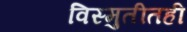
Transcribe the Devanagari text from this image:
विस्मुतीतही